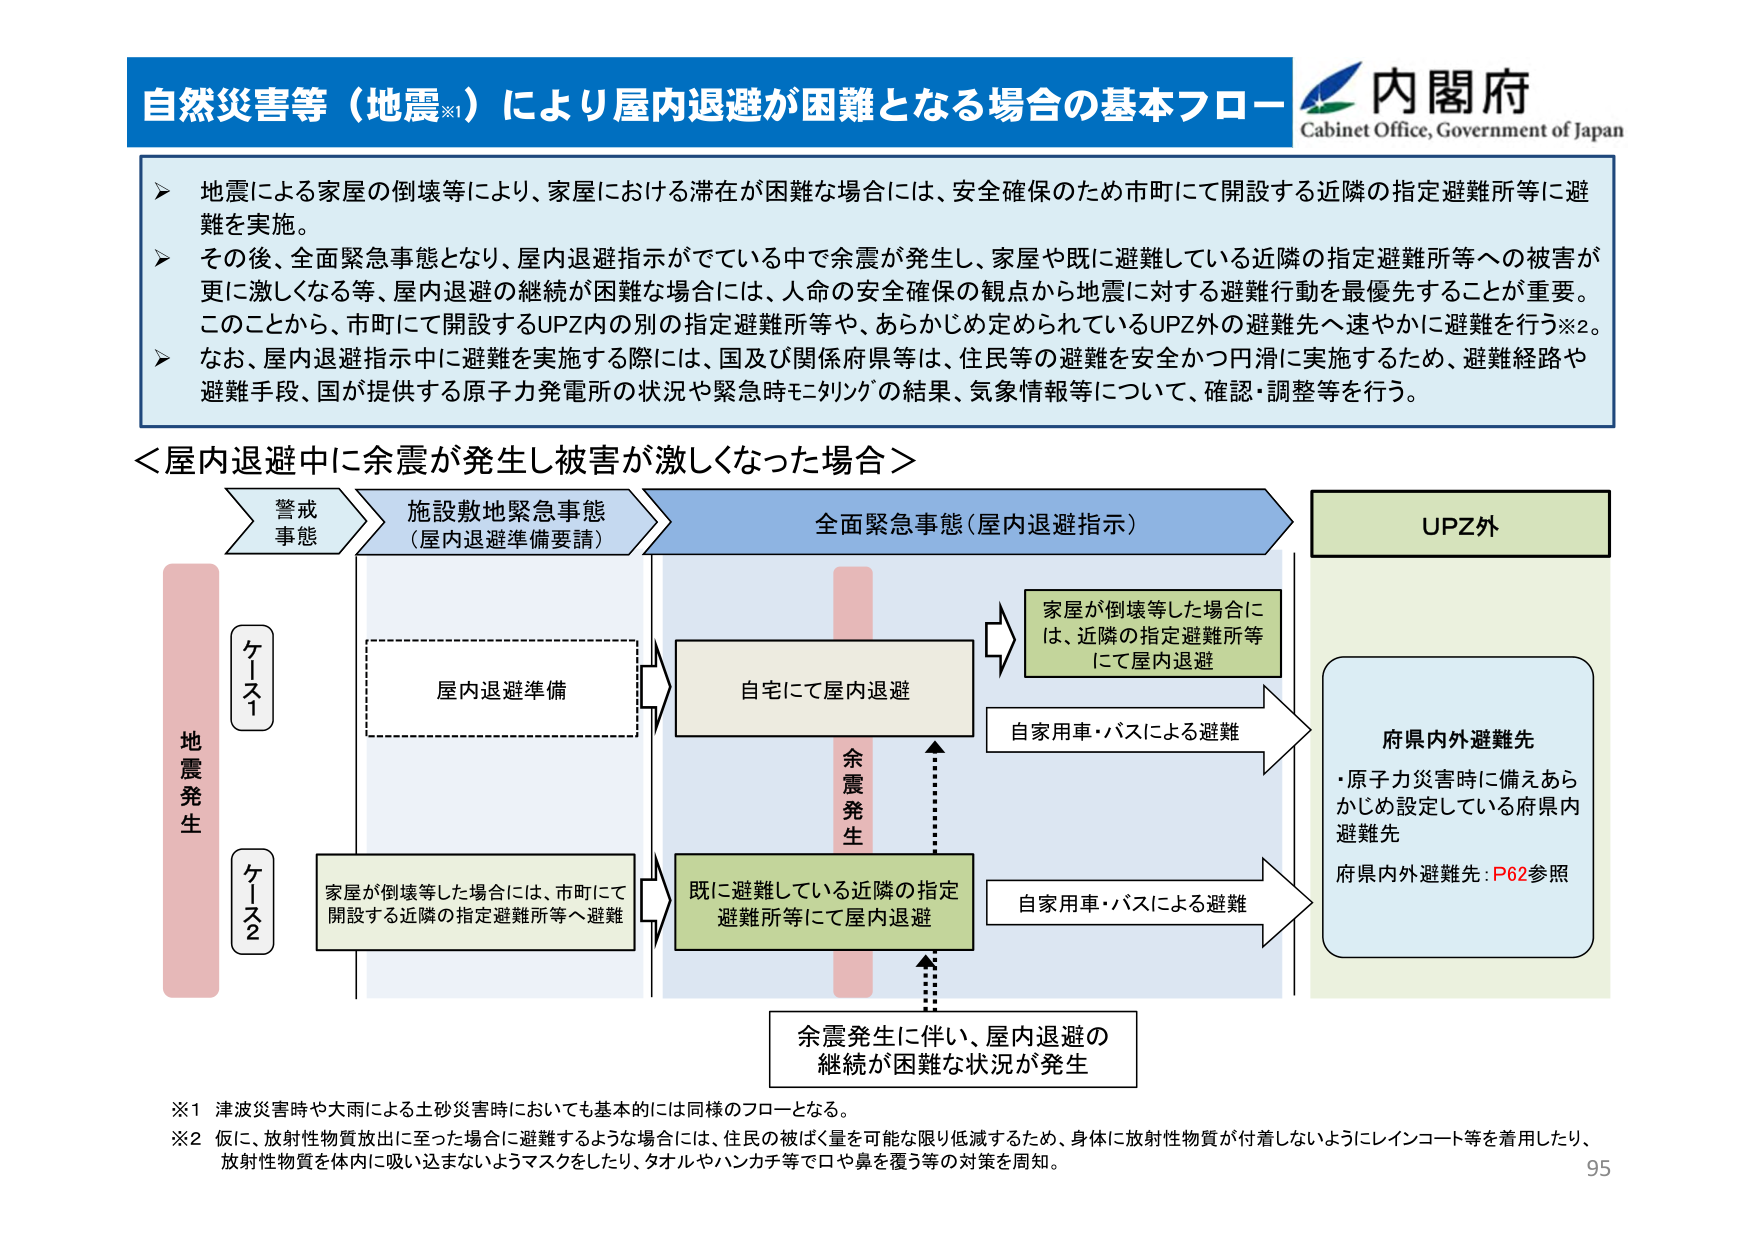
自然災害等（地震※1）により屋内退避が困難となる場合の基本フロー
内閣府
Cabinet Office, Government of Japan

▶ 地震による家屋の倒壊等により、家屋における滞在が困難な場合には、安全確保のため市町にて開設する近隣の指定避難所等に避難を実施。
▶ その後、全面緊急事態となり、屋内退避指示がでている中で余震が発生し、家屋や既に避難している近隣の指定避難所等への被害が更に激しくなる等、屋内退避の継続が困難な場合には、人命の安全確保の観点から地震に対する避難行動を最優先することが重要。このことから、市町にて開設するUPZ内の別の指定避難所等や、あらかじめ定められているUPZ外の避難先へ速やかに避難を行う※2。
▶ なお、屋内退避指示中に避難を実施する際には、国及び関係府県等は、住民等の避難を安全かつ円滑に実施するため、避難経路や避難手段、国が提供する原子力発電所の状況や緊急時モニタリングの結果、気象情報等について、確認・調整等を行う。

＜屋内退避中に余震が発生し被害が激しくなった場合＞

警戒事態
施設敷地緊急事態（屋内退避準備要請）
全面緊急事態（屋内退避指示）
UPZ外

地震発生
ケース1
ケース2

屋内退避準備
自宅にて屋内退避
家屋が倒壊等した場合には、近隣の指定避難所等にて屋内退避
自家用車・バスによる避難
府県内外避難先
・原子力災害時に備えあらかじめ設定している府県内避難先
府県内外避難先：P62参照
自家用車・バスによる避難
既に避難している近隣の指定避難所等にて屋内退避
余震発生
余震発生に伴い、屋内退避の継続が困難な状況が発生
家屋が倒壊等した場合には、市町にて開設する近隣の指定避難所等へ避難

※1 津波災害時や大雨による土砂災害時においても基本的には同様のフローとなる。
※2 仮に、放射性物質放出に至った場合に避難するような場合には、住民の被ばく量を可能な限り低減するため、身体に放射性物質が付着しないようにレインコート等を着用したり、放射性物質を体内に吸い込まないようマスクをしたり、タオルやハンカチ等で口や鼻を覆う等の対策を周知。

95